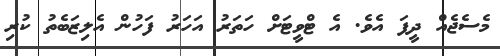
މެސެޖެއް ދީފަ އެވެ. އެ ޓްވީޓަށް ހަތަރު އަހަރު ފަހުން އެލިޒަބެތު ކުރި